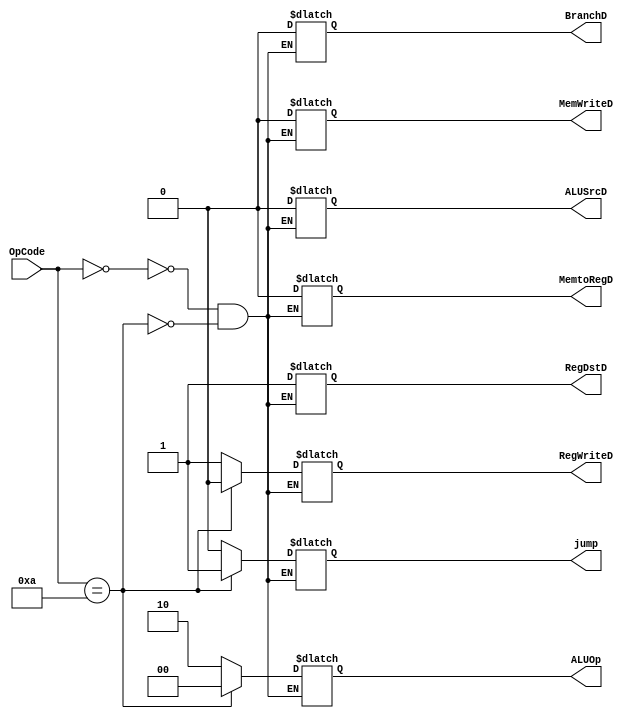
module Main_Controller (
input [5:0] OpCode,
output reg [1:0] ALUOp,
output reg RegWriteD , MemtoRegD , MemWriteD , ALUSrcD , RegDstD , BranchD , jump
);

localparam lw = 100011,
           sw = 101011,
           Rtype = 000000,
           beq = 000100,
           addi = 001000,
           Jump = 000010;

always @(*) begin
case (OpCode)
lw : begin
ALUOp = 2'b00;
ALUSrcD = 1'b1; //to add sign extended offset
RegDstD = 1'b0;
BranchD = 1'b0;
RegWriteD = 1'b1;
MemtoRegD = 1'b1;
MemWriteD = 1'b0;
jump = 1'b0;
end
sw : begin
ALUOp = 2'b00;
ALUSrcD = 1'b1; //to add sign extended offset
RegDstD = 1'b0; //don't care
BranchD = 1'b0;
RegWriteD = 1'b0;
MemtoRegD = 1'b0; //don't care
MemWriteD = 1'b1;
jump = 1'b0;
end
Rtype : begin
ALUOp = 2'b10;
ALUSrcD = 1'b0; 
RegDstD = 1'b1;
BranchD = 1'b0;
RegWriteD = 1'b1;
MemtoRegD = 1'b0;
MemWriteD = 1'b0;
jump = 1'b0;
end
beq : begin
ALUOp = 2'b01; //to sub both operands
ALUSrcD = 1'b0; 
RegDstD = 1'b0; //don't care
BranchD = 1'b1;
RegWriteD = 1'b0;
MemtoRegD = 1'b0; //don't care
MemWriteD = 1'b0;
jump = 1'b0;
end
addi : begin
ALUOp = 2'b00;
ALUSrcD = 1'b1; 
RegDstD = 1'b0;
BranchD = 1'b0;
RegWriteD = 1'b1;
MemtoRegD = 1'b0;
MemWriteD = 1'b0;
jump = 1'b0;
end
Jump : begin
ALUOp = 2'b00; //don't care
ALUSrcD = 1'b0; //don't care
RegDstD = 1'b1; //don't care
BranchD = 1'b0; //don't care
RegWriteD = 1'b0; 
MemtoRegD = 1'b0; //don't care
MemWriteD = 1'b0;
jump = 1'b1;
end
endcase
end

endmodule